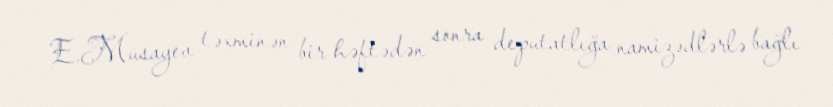
E.Musayev təxminən bir həftədən sonra deputatlığa namizədlərlə bağlı